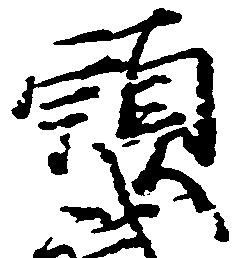
頭